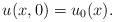
LaTeX: \begin{align*}u(x,0)=u_0(x).\end{align*}